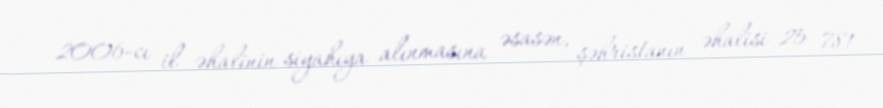
2006-cı il əhalinin siyahıya alınmasına əsasən, şəhristanın əhalisi 25 781